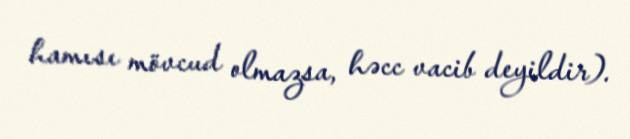
hamısı mövcud olmazsa, həcc vacib deyildir).